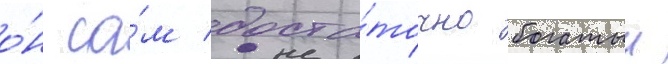
о́н са́м доста́точно богатыи